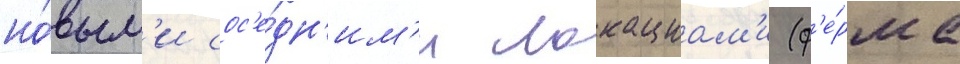
но́вым'и сос'е́дн'им'и локациам'и (ф'е́рма